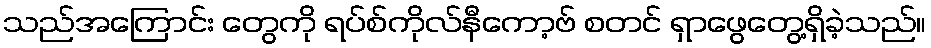
သည်အကြောင်း တွေကို ရပ်စ်ကိုလ်နီကော့ဗ် စတင် ရှာဖွေတွေ့ရှိခဲ့သည်။